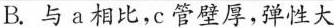
A.a中的血液来自心脏的右心室